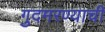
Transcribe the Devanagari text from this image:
गुदमरण्याची